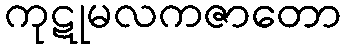
ကုဋုမလကဇာတော